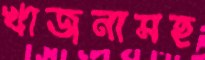
খাজনাসহ